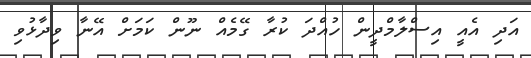
އަދި އެއީ އިސްލާމްދީން ހުއްދަ ކުރާ ގޭމެއް ނޫން ކަމަށް އޭނާ ވިދާޅުވި